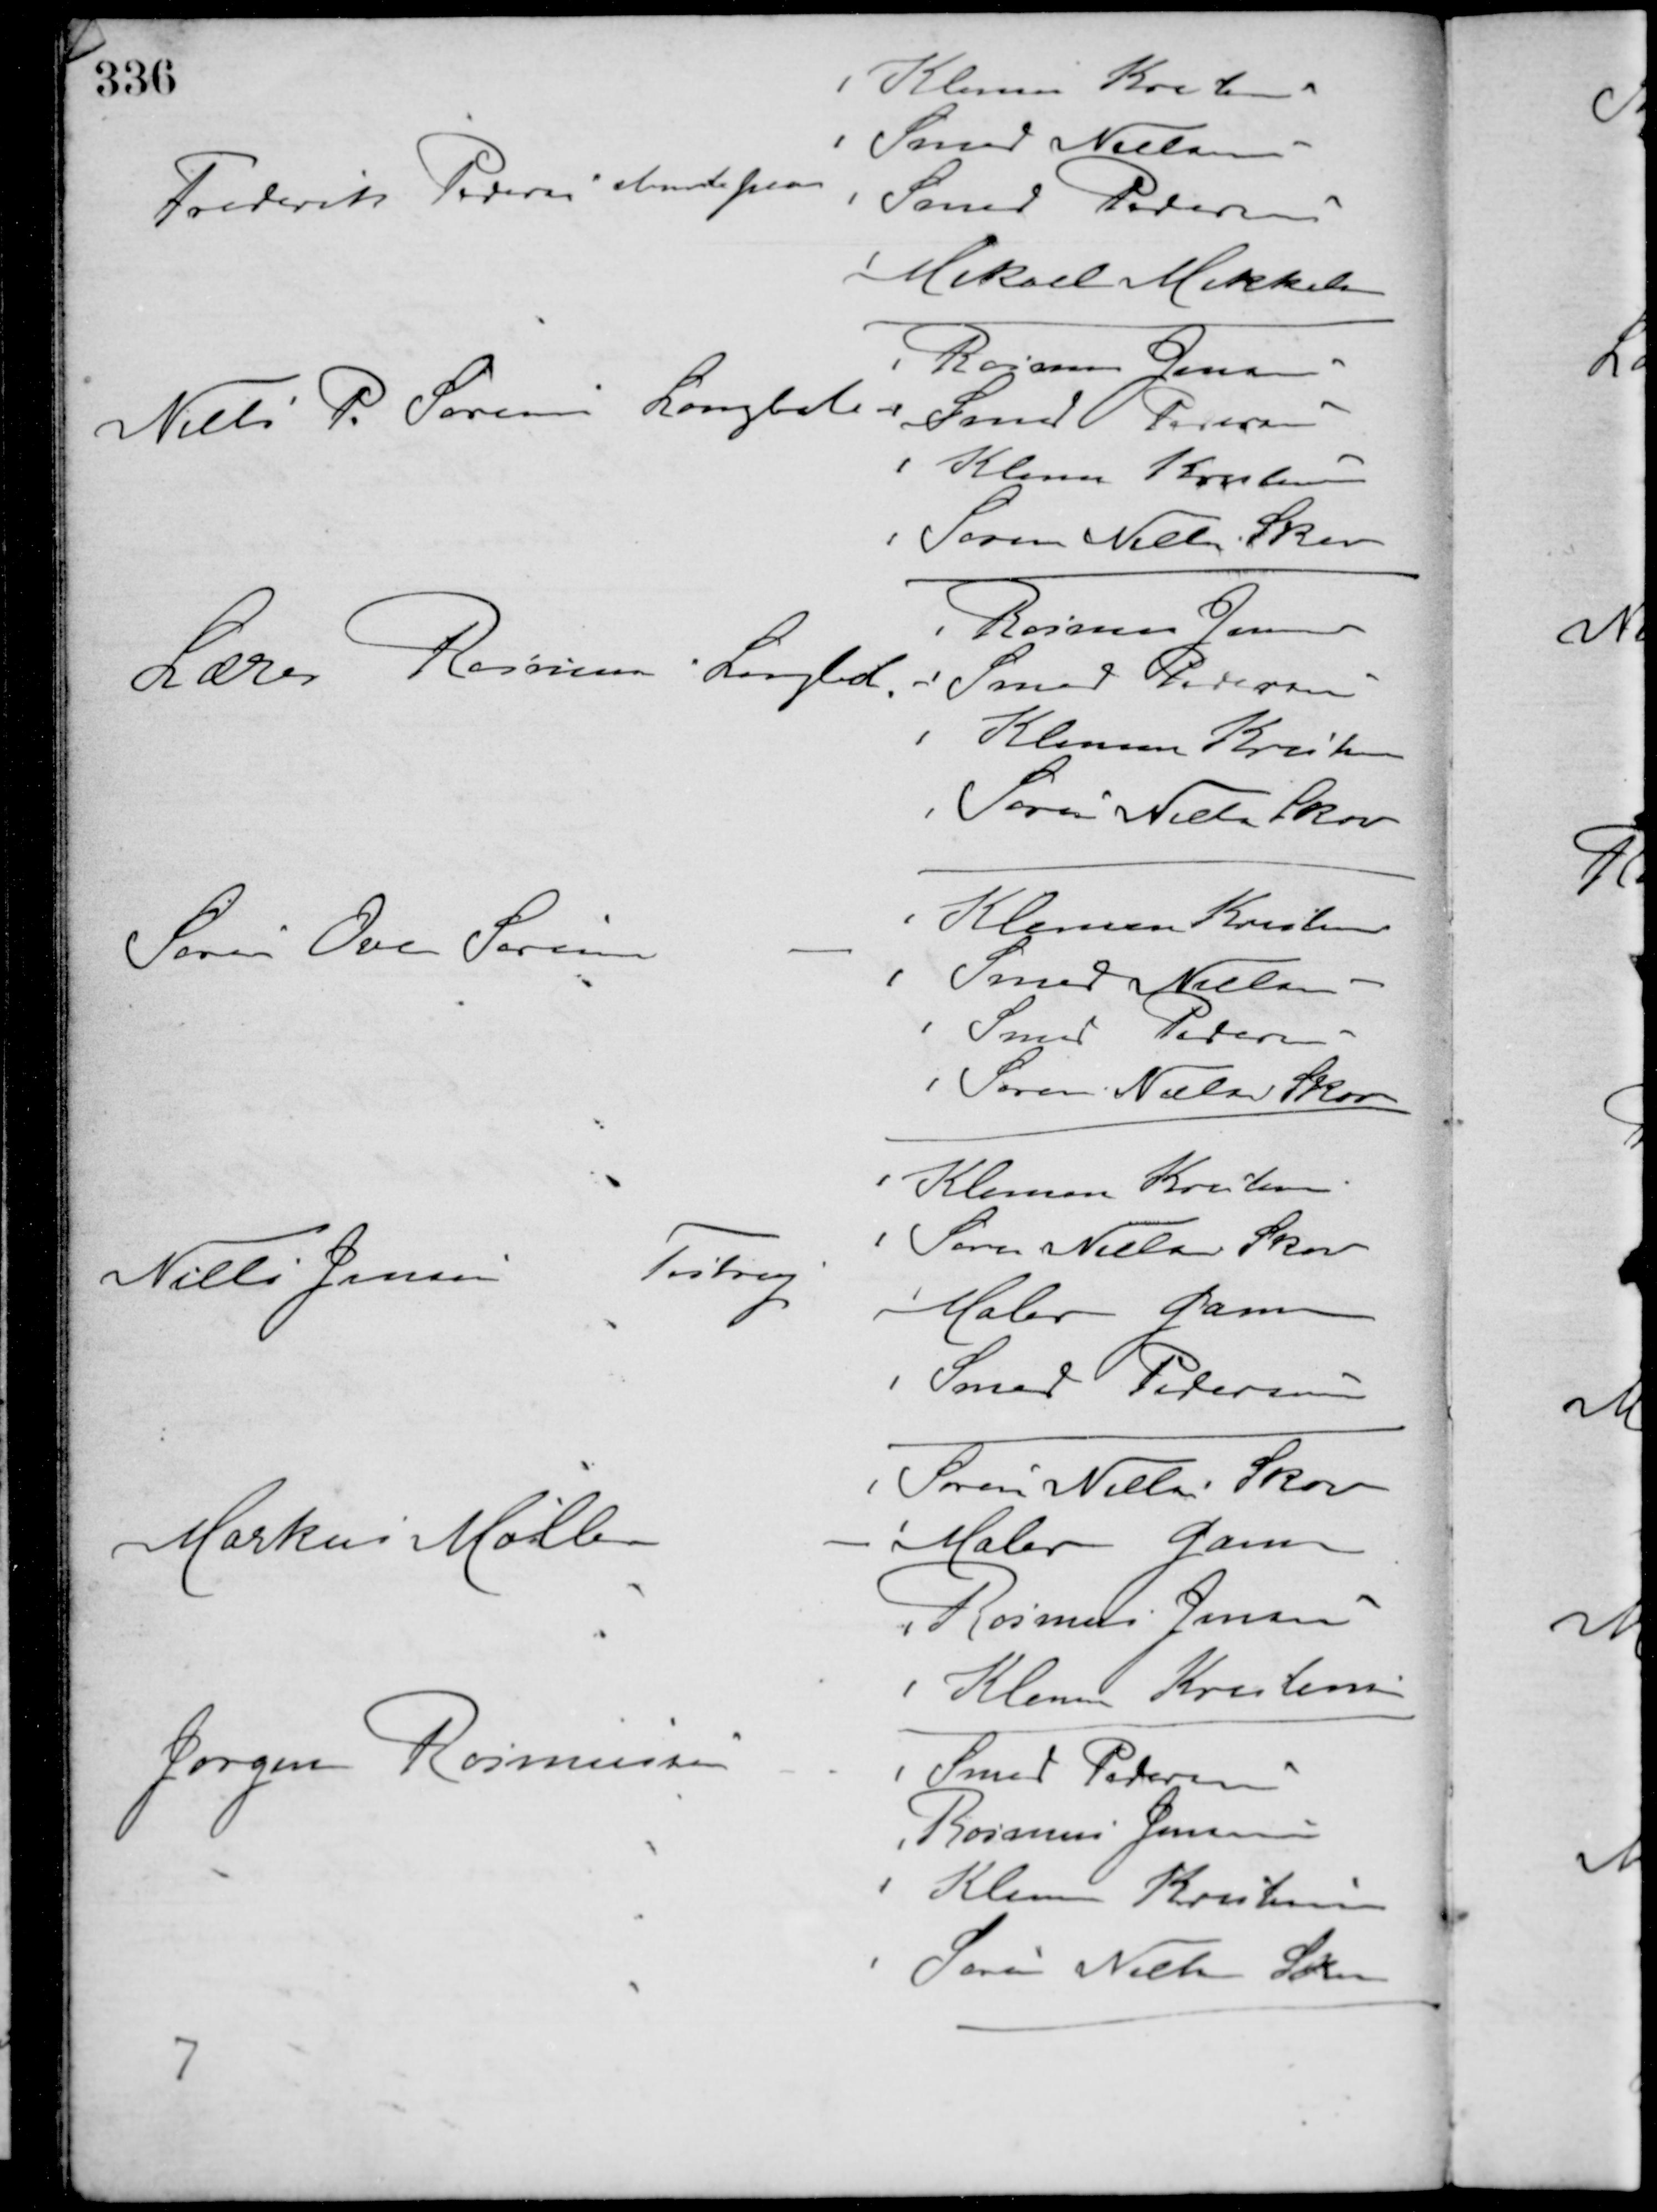
Transskription:
Frederiks Pedersen stemte paa
Klemen Kristensen
Smed Nielsen
Smed Pedersen
Mikael Mikkelsen
Niels P. Sørensen Langballe -
Rasmus Jensen
Smed Pedersen
Klemen Kristensen
Søren Nielsen Skov
Lærer Rasmus Langbel. -
Rasmus Jensen
Smed Pedersen
Klemen Kristensen
Søren Nielsen Skov
Søren Ove Sørensen
-
Klemen Kristensen
Smed Nielsen
Smed Pedersen
Søren Nielsen Skov
Niels Jensen
Testrup
Klemen Kristensen
Søren Nielsen Skov
Maler Gam
Smed Petersen
Markus Møller -
Søren Nielsen Skov
Maler Gam
Rasmus Jensen
Klemen Kristensen
Jørgen Rasmussen -
Smed Pedersen
Rasmus Jensen
Klemen Kristensen
Søren Nielsen Skov
7